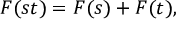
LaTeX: F ( s t ) = F ( s ) + F ( t ) ,